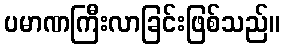
ပမာဏကြီးလာခြင်းဖြစ်သည်။